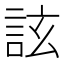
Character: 詃